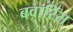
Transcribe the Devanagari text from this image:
बवारिंस